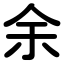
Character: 余